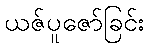
ယဇ်ပူဇော်ခြင်း